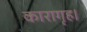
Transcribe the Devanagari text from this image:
कारागृह।